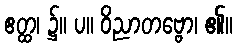
ဧတ္ထ၊ ၌။ ပ။ ဝိညာတဗ္ဗော၊ ၏။